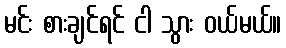
မင်း စားချင်ရင် ငါ သွား ဝယ်မယ်။